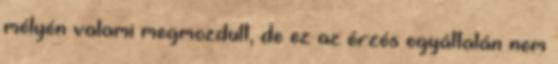
mélyén valami megmozdult, de ez az érzés egyáltalán nem